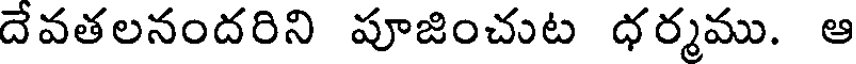
దేవతలనందరిని పూజించుట ధర్మము. ఆ